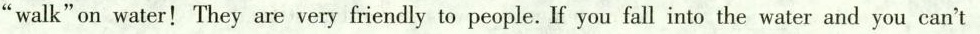
"walk"on water!They are very friendly to people. If you fall into the water and you can't